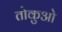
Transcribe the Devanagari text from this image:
तोकुओ